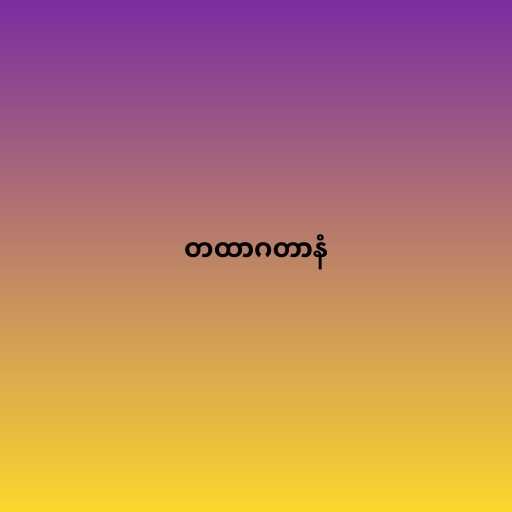
တထာဂတာနံ